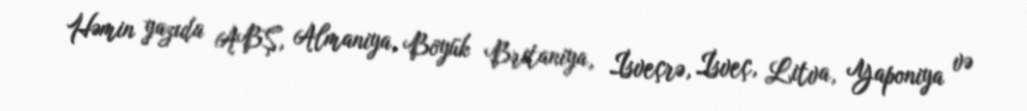
Həmin yazıda ABŞ, Almaniya, Böyük Britaniya, İsveçrə, İsveç, Litva, Yaponiya və